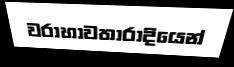
වරාහාවතාරාදියෙන්